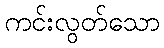
ကင်းလွတ်သော